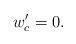
LaTeX: \begin{align*}w'_{c}=0.\end{align*}